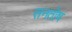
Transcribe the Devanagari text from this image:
सनतोष